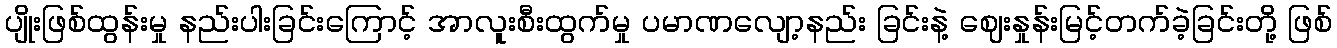
ပျိုးဖြစ်ထွန်းမှု နည်းပါးခြင်းကြောင့် အာလူးစီးထွက်မှု ပမာဏလျော့နည်း ခြင်းနဲ့ ဈေးနှုန်းမြင့်တက်ခဲ့ခြင်းတို့ ဖြစ်